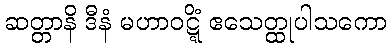
ဆတ္တာနိ ဒီနံ မဟာဝဋ္ဋိံ ဧသေတ္ထုပါသကော